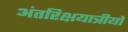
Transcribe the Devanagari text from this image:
अंतरिक्षयात्रीयो